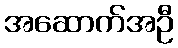
အဆောက်အဦ